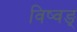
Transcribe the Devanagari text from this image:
विष्वङ्